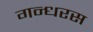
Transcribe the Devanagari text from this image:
गन्धरस